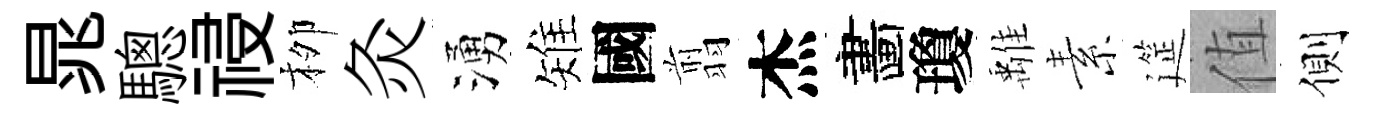
晁驄祲栁灸湧雉國翦杰畵瓊𩀌素筵值側